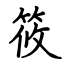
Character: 筱